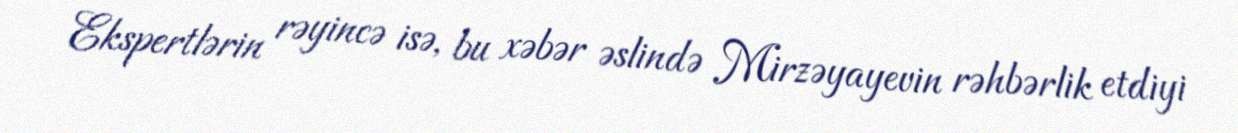
Ekspertlərin rəyincə isə, bu xəbər əslində Mirzəyayevin rəhbərlik etdiyi